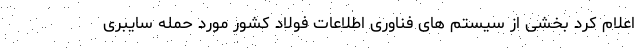
اعلام کرد بخشی از سیستم های فناوری اطلاعات فولاد کشور مورد حمله سایبری